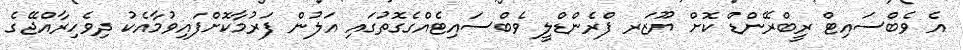
އެ ވެބްސައިޓް ރީބްރޭންޑް ކޮށް ޔޫޒަރ ފްރެންޑްލީ ވެބްސައިޓެއްގެގޮތުގައި އަލުން ފަރުމާކޮށްފައިވުމާއެކު ދިވެހިރާއްޖޭގެ